system: You are a helpful assistant.
user:
Analyze the provided spectrum to determine if it is a **M-type Giant (gM)**.

A M-type Giant spectrum is defined by its **strong molecular absorption** features, particularly from **Titanium Oxide (TiO)**. You must check for one of the following mutually exclusive signatures:

- **Key Visual Indicators (Absorption-Dominated Spectrum):**

    - **(Primary):** The spectrum is dominated by strong molecular absorption from **Titanium Oxide (TiO)**. This is the **defining feature** of its M-type temperature class.
        - **(Key Bandheads):** Look for sharp, "saw-tooth" absorption valleys. The strongest are located near **~7050 Å**, **~6160 Å**, and **~5170 Å**.
        - **(Line Profile):** The "saw-tooth" morphology is critical: a **sharp, steep drop on the BLUE (short-wavelength) side** of the bandhead, followed by a gradual recovery (rising flux) towards the RED (long-wavelength) side.

    - **(Key Confirmation - Giant vs. Dwarf):** **ABSENCE** of strong **Calcium Hydride (CaH)** molecular bands. This is the primary diagnostic for *excluding* M-dwarfs.
        - **(Key Region):** The spectrum should lack the strong, broad absorption band seen in dwarfs between **~6800 Å and ~7000 Å**.

    - **(Secondary Confirmation - Giant):** A very strong and broad **Neutral Calcium (Ca I)** atomic absorption line.
        - **(Key Line):** Located at **~4226 Å**. In a giant (gM), this line is significantly deeper and broader than the same line in an M-dwarf (dM) due to low surface gravity.

    - **(Overall Spectrum):**
        - The continuum is **extremely red-sloping** (i.e., flux is very low in the blue and rises dramatically towards the red).
        - The entire spectrum appears "chopped up" by the deep TiO bands.

Think first, call **spectral_visualization_tool** if needed to examine features in detail, then provide your final answer. Your response must adhere to the following strict rules:
1.  **Overall Structure:** Your response must follow the format `<think>...</think> <tool_call>...</tool_call> (if a tool is used) <answer>...</answer>`.
2.  **Tool Usage Constraint:** You may only make **one** tool call per turn.
3.  **Final Answer Format:** In the `<answer>` tag, your conclusion must be inside a `\boxed{}` command (e.g., `\boxed{YES}` or `\boxed{NO}`), followed by your justification.

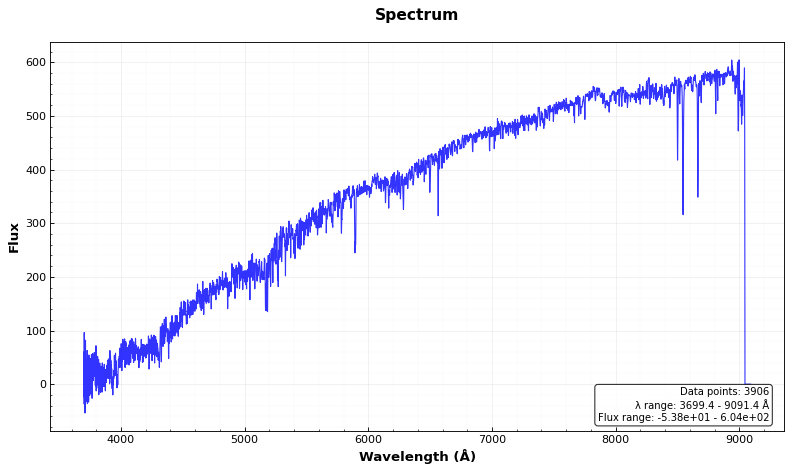
Answer: NO